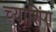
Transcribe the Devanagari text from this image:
च्याशिंग